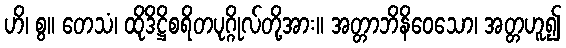
ဟိ၊ စွ။ တေသံ၊ ထိုဒိဋ္ဌိစရိတပုဂ္ဂိုလ်တို့အား။ အတ္တာဘိနိဝေသော၊ အတ္တဟူ၍